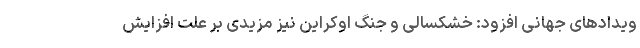
ویدادهای جهانی افزود: خشکسالی و جنگ اوکراین نیز مزیدی بر علت افزایش